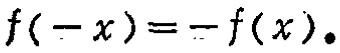
\(f(-x)=-f(x).\)